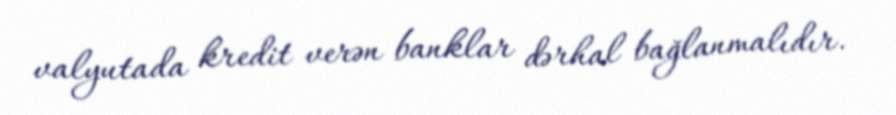
valyutada kredit verən banklar dərhal bağlanmalıdır.